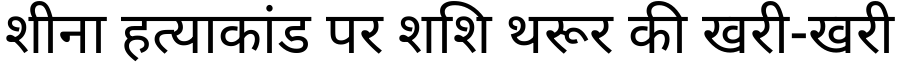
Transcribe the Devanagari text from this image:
शीना हत्याकांड पर शशि थरूर की खरी-खरी